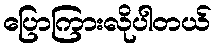
ပြောကြားလိုပါတယ်